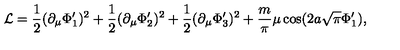
{ \cal L } = \frac { 1 } { 2 } ( \partial _ { \mu } \Phi _ { 1 } ^ { \prime } ) ^ { 2 } + \frac { 1 } { 2 } ( \partial _ { \mu } \Phi _ { 2 } ^ { \prime } ) ^ { 2 } + \frac { 1 } { 2 } ( \partial _ { \mu } \Phi _ { 3 } ^ { \prime } ) ^ { 2 } + \frac { m } { \pi } \mu \cos ( 2 a \sqrt { \pi } \Phi _ { 1 } ^ { \prime } ) ,